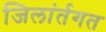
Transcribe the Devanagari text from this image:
जिलांर्तगत